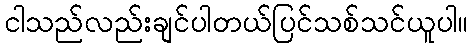
ငါသည်လည်းချင်ပါတယ်ပြင်သစ်သင်ယူပါ။